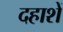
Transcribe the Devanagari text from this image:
दहाशें